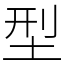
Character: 型